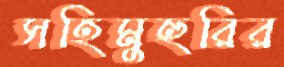
সহিমুহুরির